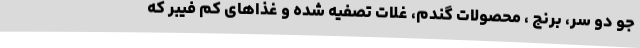
جو دو سر، برنج ، محصولات گندم، غلات تصفیه شده و غذاهای کم فیبر که